Vaccination in Burma 1912-1922 - 1912-1922
Year: 1912
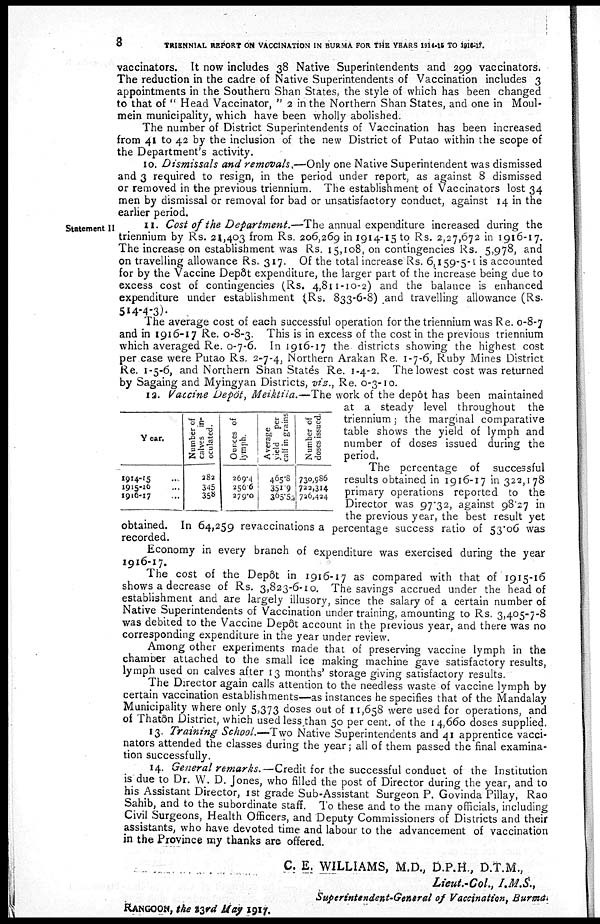
8
TRIENNIAL REPORT ON VACCINATION IN BURMA FOR THE YEARS 1914-15 TO 1916-17.
vaccinators. It now includes 38 Native Superintendents and 299 vaccinators.
The reduction in the cadre of Native Superintendents of Vaccination includes 3
appointments in the Southern Shan States, the style of which has been changed
to that of " Head Vaccinator, " 2 in the Northern Shan States, and one in Moul-
mein municipality, which have been wholly abolished.
The number of District Superintendents of Vaccination has been increased
from 41 to 42 by the inclusion of the new District of Putao within the scope of
the Department's activity.
10. Dismissals and removals.—Only one Native Superintendent was dismissed
and 3 required to resign, in the period under report, as against 8 dismissed
or removed in the previous triennium. The establishment of Vaccinators lost 34
men by dismissal or removal for bad or unsatisfactory conduct, against 14 in the
earlier period.
Statement II
11. Cost of the Department.— The annual expenditure increased during the
triennium by Rs. 21,403 from Rs. 206,269 in 1914-15 to Rs. 2,27,672 in 1916-17.
The increase on establishment was Rs. 15,108, on contingencies Rs. 5,978, and
on travelling allowance Rs. 317. Of the total increase Rs. 6,159-5-1 is accounted
for by the Vaccine Depôt expenditure, the larger part of the increase being due to
excess cost of contingencies (Rs. 4,811-10-2) and the balance is enhanced
expenditure under establishment (Rs. 833-6-8) and travelling allowance (Rs.
514-4-3).
The average cost of each successful operation for the triennium was Re. 0-8-7
and in 1916-17 Re. 0-8-3. This is in excess of the cost in the previous triennium
which averaged Re. 0-7-6. In 1916-17 the districts showing the highest cost
per case were Putao Rs. 2-7-4, Northern Arakan Re. 1-7-6, Ruby Mines District
Re. 1-5-6, and Northern Shan States Re. 1-4-2. The lowest cost was returned
by Sagaing and Myingyan Districts, viz., Re. 0-3-10.
Year.
1914-15 ...
1915-16 ...
1916-17 ...
Number of
calves in-
oculated.
282
345
358
Ounces of
lymph.
269.4
256.6
279.0
Average
yield per
calf in grains
465.8
351.9
365.52
Number of
doses issued.
730,986
722,314
726,424
12. Vaccine Depôt, Meiktila.—The work of the depôt has been maintained
at a steady level throughout the
triennium; the marginal comparative
table shows the yield of lymph and
number of doses issued during the
period.
The percentage of successful
results obtained in 1916-17 in 322,178
primary operations reported to the
Director was 97.32, against 98.27 in
the previous year, the best result yet
obtained. In 64,259 revaccinations a percentage success ratio of 53.06 was
recorded.
Economy in every branch of expenditure was exercised during the year
1916-17.
The cost of the Depôt in 1916-17 as compared with that of 1915-16
shows a decrease of Rs. 3,823-6-10. The savings accrued under the head of
establishment and are largely illusory, since the salary of a certain number of
Native Superintendents of Vaccination under training, amounting to Rs. 3,405-7-8
was debited to the Vaccine Depôt account in the previous year, and there was no
corresponding expenditure in the year under review.
Among other experiments made that of preserving vaccine lymph in the
chamber attached to the small ice making machine gave satisfactory results,
lymph used on calves after 13 months' storage giving satisfactory results.
The Director again calls attention to the needless waste of vaccine lymph by
certain vaccination establishments—as instances he specifies that of the Mandalay
Municipality where only 5,373 doses out of 11,658 were used for operations, and
of Thatôn District, which used less than 50 per cent. of the 14,660 doses supplied.
13. Training School.—Two Native Superintendents and 41 apprentice vacci-
nators attended the classes during the year; all of them passed the final examina-
tion successfully.
14. General remarks.—Credit for the successful conduct of the Institution
is due to Dr. W. D. Jones, who filled the post of Director during the year, and to
his Assistant Director, 1st grade Sub-Assistant Surgeon P. Govinda Pillay, Rao
Sahib, and to the subordinate staff. To these and to the many officials, including
Civil Surgeons, Health Officers, and Deputy Commissioners of Districts and their
assistants, who have devoted time and labour to the advancement of vaccination
in the Province my thanks are offered.
C. E. WILLIAMS, M.D., D.P.H., D.T.M.,
Lieut.-Col., I.M.S.,
Superintendent-General of Vaccination, Burma.
RANGOON, the 13rd May 1917.